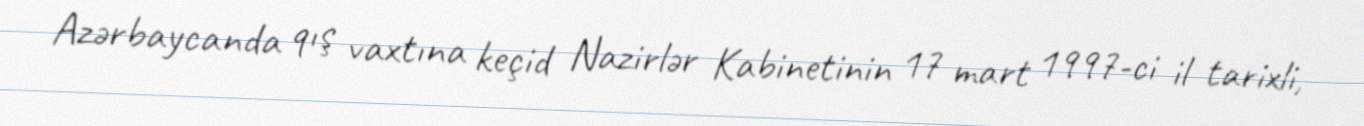
Azərbaycanda qış vaxtına keçid Nazirlər Kabinetinin 17 mart 1997-ci il tarixli,